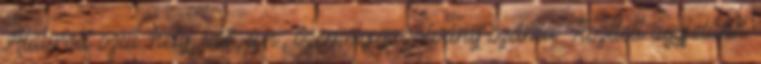
Alulírott szül. hely, idő, a.n., személyigazolvány száma: Tisztlelt ügyfelünk